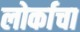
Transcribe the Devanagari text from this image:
लोर्काचा